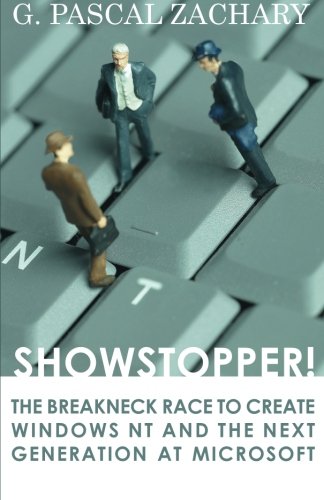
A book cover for Showstopper!: The Breakneck Race to Create Windows NT and the Next Generation at Microsoft; G. Pascal Zachary; Computers & Technology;